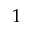
1